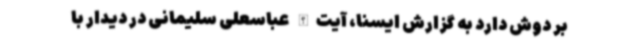
بر دوش دارد به گزارش ایسنا، آیت‌الله عباسعلی سلیمانی در دیدار با